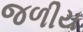
જળીય